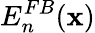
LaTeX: E_{n}^{FB}({\mathbf x})